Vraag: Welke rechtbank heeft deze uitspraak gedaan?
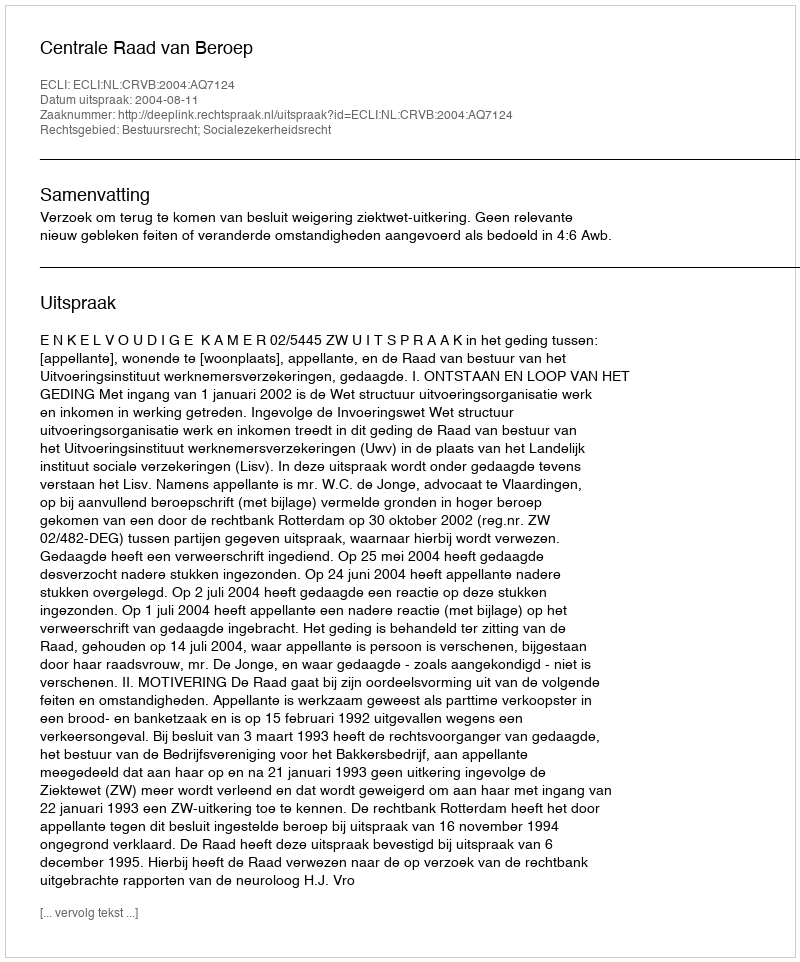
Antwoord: Centrale Raad van Beroep